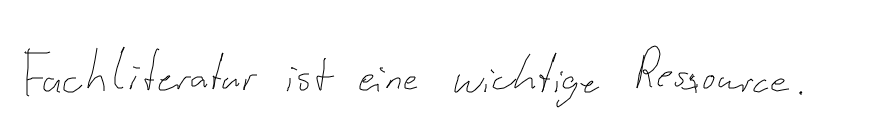
Fachliteratur ist eine wichtige Ressource.